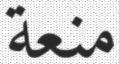
منعة